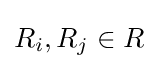
R_{i},R_{j}\in R